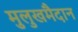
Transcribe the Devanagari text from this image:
मुलुखमैदान